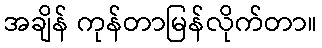
အချိန် ကုန်တာမြန်လိုက်တာ။